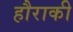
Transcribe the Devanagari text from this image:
हौराकी